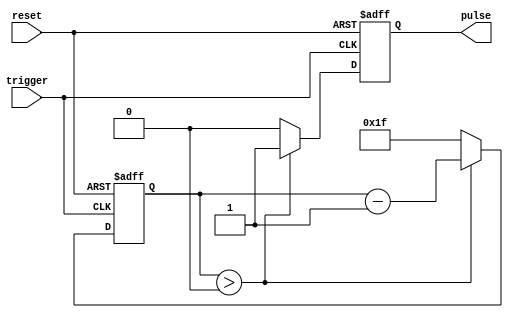
module Asynchronous_Pulse_Generator(
    input trigger,
    input reset,
    output reg pulse
);

reg [31:0] count;

always @ (posedge trigger or posedge reset) begin
    if (reset) begin
        count <= 0;
        pulse <= 0;
    end else begin
        if (count > 0) begin
            count <= count - 1;
            pulse <= 1;
        end else begin
            count <= 31; // Adjust based on desired pulse width
            pulse <= 0;
        end
    end
end

endmodule